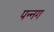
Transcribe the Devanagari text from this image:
पन्‍नग